Sketch of the medical history of the native army of Bombay, for the year
Year: 1872
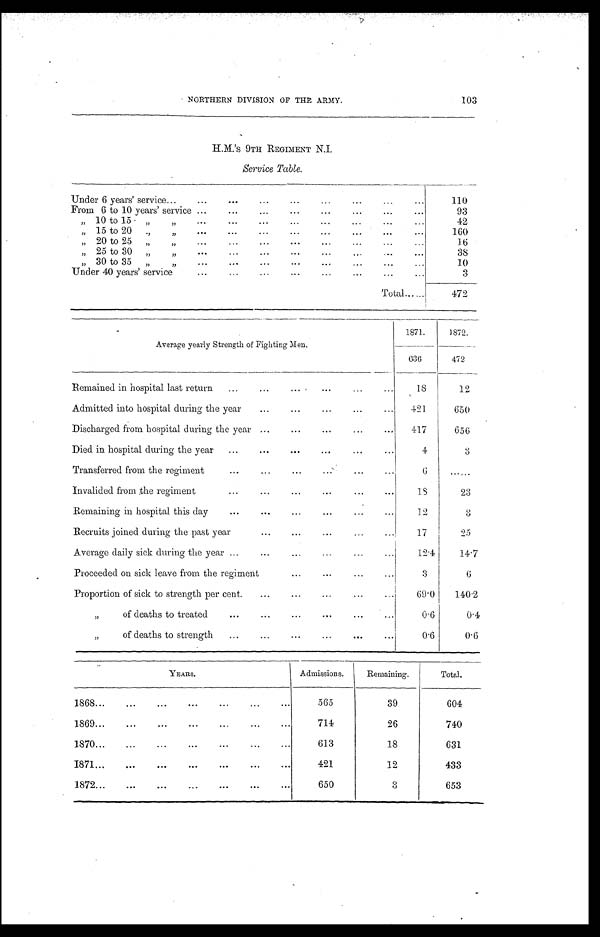
NORTHERN DIVISION OF THE ARMY.
103
H. M.'s 9TH REGIMENT N.I.
Service Table.
Under 6 years' service
110
From 6 to 10 years' service
93
" 10 to 15 " "
42
" 15 to 20 " "
160
" 20 to 25 " "
16
" 25 to 30 " "
38
" 30 to 35 " "
10
Under 40 years' service
3
Total
472
Aver age year l y St r engt h of Fi ght i ng Men.
1871.
1872.
636
472
Remained in hospital last return
18
12
Admitted into hospital during the year
421
650
Discharged from hospital during the year
417
656
Died in hospital during the year
4
3
Transferred from the regiment
6
. . . . . .
Invalided from the regiment
18
23
Remaining in hospital this day
12
3
Recruits joined during the past year
17
2 5
Average daily sick during the year
12.4
14.7
Proceeded on sick leave from the regiment
3
6
Proportion of sick to strength per cent.
69.0 1 4 0 . 2
" of deaths to treated
0.6
0.4
" of deaths to strength
0.6
0.6
YEARS.
Admissions.
Remaining.
Total.
1868
565
39
604
1869
714
26
740
1870
613
18
631
1871
421
12
433
1872
650
3
653